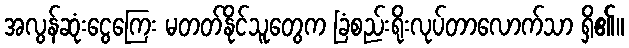
အလွန်ဆုံးငွေကြေး မတတ်နိုင်သူတွေက ခြံစည်းရိုးလုပ်တာလောက်သာ ရှိ၏။